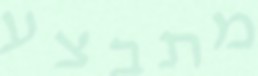
מתבצע